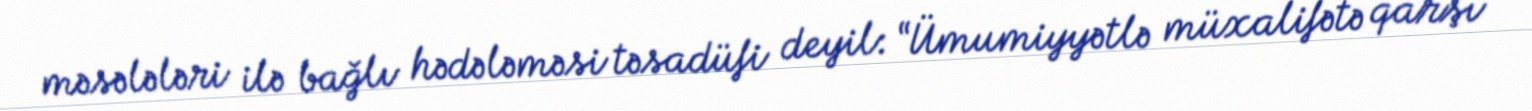
məsələləri ilə bağlı hədələməsi təsadüfi deyil: “Ümumiyyətlə müxalifətə qarşı